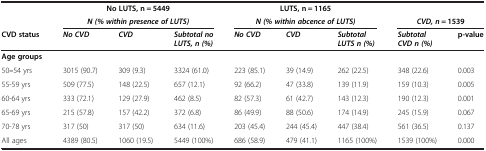
|  | <COLSPAN=3> No LUTS, n = 5449 | <COLSPAN=3> LUTS, n = 1165 |  |  |
 |  | <COLSPAN=3> N (% within presence of LUTS) | <COLSPAN=3> N (% within abcence of LUTS) | <COLSPAN=2> CVD, n = 1539 |
 | --- | --- | --- | --- | --- | --- | --- | --- | --- |
 | CVD status | No CVD | CVD | Subtotal no LUTS, n (%) | No CVD | CVD | Subtotal LUTS n (%) | Subtotal CVD n (%) | p-value |
 | Age groups |  |  |  |  |  |  |  |  |
 | 50–54 yrs | 3015 (90.7) | 309 (9.3) | 3324 (61.0) | 223 (85.1) | 39 (14.9) | 262 (22.5) | 348 (22.6) | 0.003 |
 | 55-59 yrs | 509 (77.5) | 148 (22.5) | 657 (12.1) | 92 (66.2) | 47 (33.8) | 139 (11.9) | 159 (10.3) | 0.005 |
 | 60-64 yrs | 333 (72.1) | 129 (27.9) | 462 (8.5) | 82 (57.3) | 61 (42.7) | 143 (12.3) | 190 (12.3) | 0.001 |
 | 65-69 yrs | 215 (57.8) | 157 (42.2) | 372 (6.8) | 86 (49.9) | 88 (50.6) | 174 (14.9) | 245 (15.9) | 0.067 |
 | 70-78 yrs | 317 (50) | 317 (50) | 634 (11.6) | 203 (45.4) | 244 (45.4) | 447 (38.4) | 561 (36.5) | 0.137 |
 | All ages | 4389 (80.5) | 1060 (19.5) | 5449 (100%) | 686 (58.9) | 479 (41.1) | 1165 (100%) | 1539 (100%) | 0.000 |